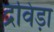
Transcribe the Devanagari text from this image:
द्रविड़ा